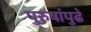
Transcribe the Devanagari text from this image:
पुरुषांपुढे